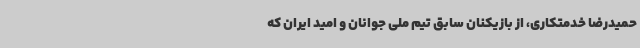
حمیدرضا خدمتکاری، از بازیکنان سابق تیم ملی جوانان و امید ایران که